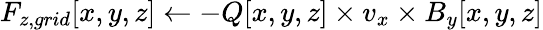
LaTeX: F_{z,grid}[x,y,z]\gets-Q[x,y,z]\times v_{x}\times B_{y}[x,y,z]